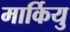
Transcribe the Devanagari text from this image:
मार्कियु